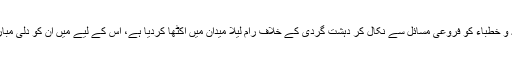
انہوں نے ائمہ و خطباء کو فروعی مسائل سے نکال کر دہشت گردی کے خلاف رام لیلا میدان میں اکٹھا کردیا ہے، اس کے لیے میں ان کو دلی مبارکباد دیتا ہوں۔